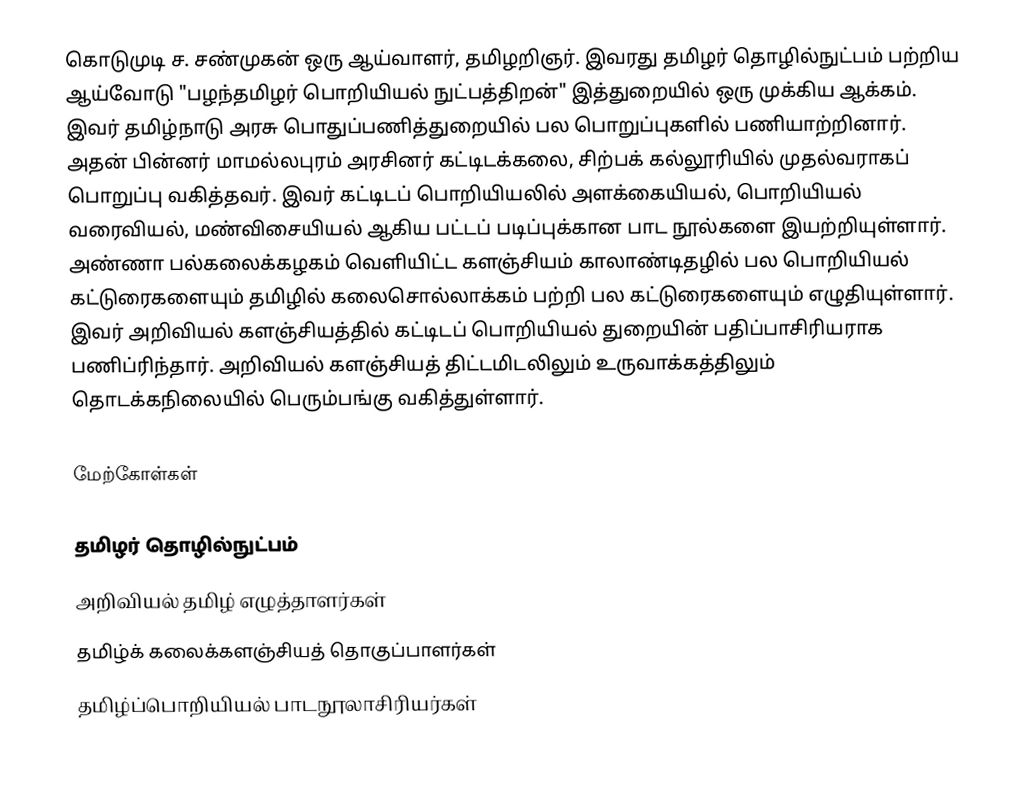
கொடுமுடி ச. சண்முகன் ஒரு ஆய்வாளர், தமிழறிஞர். இவரது தமிழர் தொழில்நுட்பம் பற்றிய ஆய்வோடு "பழந்தமிழர் பொறியியல் நுட்பத்திறன்" இத்துறையில் ஒரு முக்கிய ஆக்கம். இவர் தமிழ்நாடு அரசு பொதுப்பணித்துறையில் பல பொறுப்புகளில் பணியாற்றினார். அதன் பின்னர் மாமல்லபுரம் அரசினர் கட்டிடக்கலை, சிற்பக் கல்லூரியில் முதல்வராகப் பொறுப்பு வகித்தவர். இவர் கட்டிடப் பொறியியலில் அளக்கையியல், பொறியியல் வரைவியல், மண்விசையியல் ஆகிய பட்டப் படிப்புக்கான பாட நூல்களை இயற்றியுள்ளார். அண்ணா பல்கலைக்கழகம் வெளியிட்ட களஞ்சியம் காலாண்டிதழில் பல பொறியியல் கட்டுரைகளையும் தமிழில் கலைசொல்லாக்கம் பற்றி பல கட்டுரைகளையும் எழுதியுள்ளார். இவர் அறிவியல் களஞ்சியத்தில் கட்டிடப் பொறியியல் துறையின் பதிப்பாசிரியராக பணிப்ரிந்தார். அறிவியல் களஞ்சியத் திட்டமிடலிலும் உருவாக்கத்திலும் தொடக்கநிலையில் பெரும்பங்கு வகித்துள்ளார்.

மேற்கோள்கள்

தமிழர் தொழில்நுட்பம்
அறிவியல் தமிழ் எழுத்தாளர்கள்
தமிழ்க் கலைக்களஞ்சியத் தொகுப்பாளர்கள்
தமிழ்ப்பொறியியல் பாடநூலாசிரியர்கள்